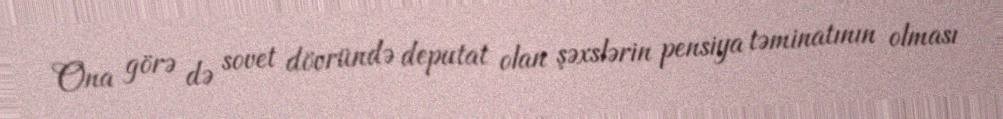
Ona görə də sovet dövründə deputat olan şəxslərin pensiya təminatının olması